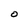
Character: O